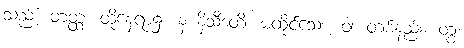
သည်။ တတ္ထ၊ ထိုနေရာ၌။ န နိသီဒတိ၊ မထိုင်သေး။ ဝါ၊ တစ်နည်း။ တွံ၊